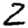
Digit: 2